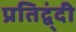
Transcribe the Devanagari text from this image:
प्रतिद्व्ंदी